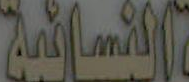
النسائية